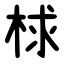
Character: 梂